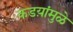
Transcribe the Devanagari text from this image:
कडय़ांमुळे